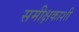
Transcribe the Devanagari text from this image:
समीक्षकाशी